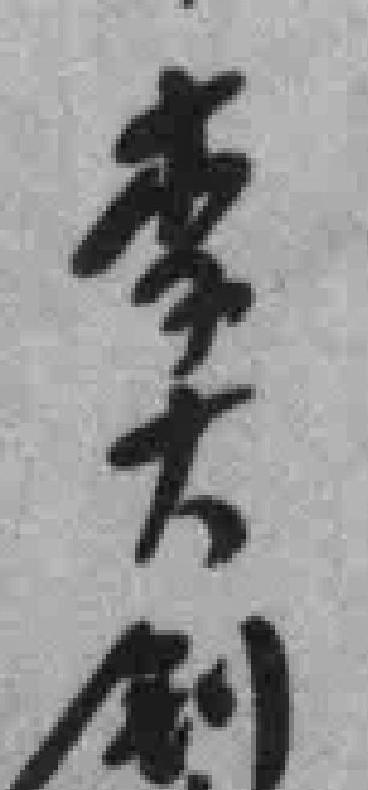
李大钊